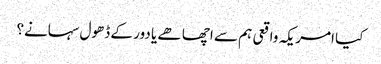
کیا امریکہ واقعی ہم سے اچھا ھے یا دور کے ڈھول سہانے؟